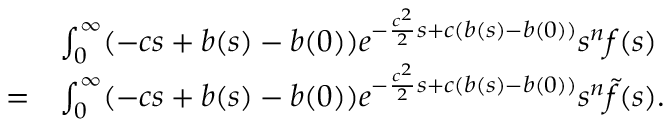
\begin{array} { r l } & { \int _ { 0 } ^ { \infty } ( - c s + b ( s ) - b ( 0 ) ) e ^ { - \frac { c ^ { 2 } } { 2 } s + c ( b ( s ) - b ( 0 ) ) } s ^ { n } f ( s ) \d s } \\ { = } & { \int _ { 0 } ^ { \infty } ( - c s + b ( s ) - b ( 0 ) ) e ^ { - \frac { c ^ { 2 } } { 2 } s + c ( b ( s ) - b ( 0 ) ) } s ^ { n } \tilde { f } ( s ) \d s . } \end{array}